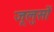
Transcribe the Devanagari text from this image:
जूलुसों